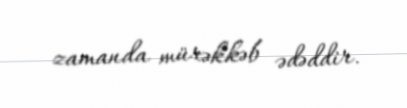
zamanda mürəkkəb ədəddir.